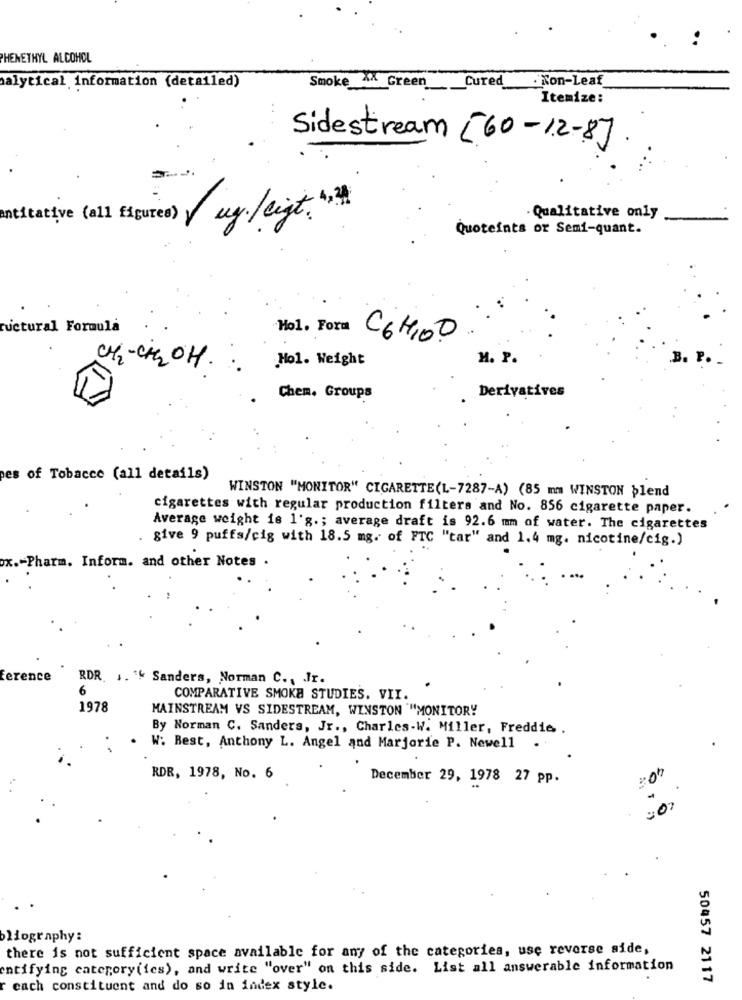
PHENETHYL ALCOHOL
. Non-Leaf
salytical information (detailed)
Smoke XX Green _Cured
Itemize:
Sidestream [60-12-8]
antitative (all figures) ug./cigt."
- Qualitative only
Quoteints or Semi-quant.
ructural Formula
Hol. Form
C6H,OD
Hol. Weight
H. P.
B. P.
CH2-Cie OH .
Chem. Groups
Derivatives
pes of Tobacco (all details)
WINSTON "MONITOR" CIGARETTE(L-7287-A) (85 mm WINSTON blend
cigarettes with regular production filters and No. 856 cigarette paper.
Average weight is l'g .; average draft is 92.6 mm of water. The cigarettes
. give 9 puffs/cig with 18.5 mg. of FTC "tar" and 1.4 mg. nicotine/cig.)
-Pharm. Inform. and other Notes .
Ference
RDR 1. '' Sanders, Norman C ., Jr.
6
COMPARATIVE SMOKA STUDIES. VII.
1978
MAINSTREAM VS SIDESTREAM, WINSTON "MONITORY
By Norman C. Sanders, Jr ., Charles-W. Miller, Freddie .
W: Best, Anthony L. Angel and Marjorie P. Newell
.
RDR, 1978, No. 6
December 29, 1978 27 pp.
.: 07
lography:
there is not sufficient space available for any of the categories, use reverse side,
entifying category(ies), and write "over" on this side. List all answerable information
50457 2117
r each constituent and do so in index style.